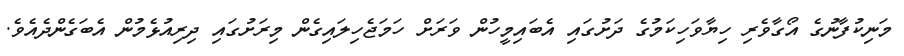
މަނިކުފާނުގެ އޯގާވެރި ހިޔާވަހިކަމުގެ ދަށުގައި އެބައިމީހުން ވަރަށް ހަމަޖެހިލައިގެން މިރަށުގައި ދިރިއުޅެމުން އެބަގެންދެއެވެ.